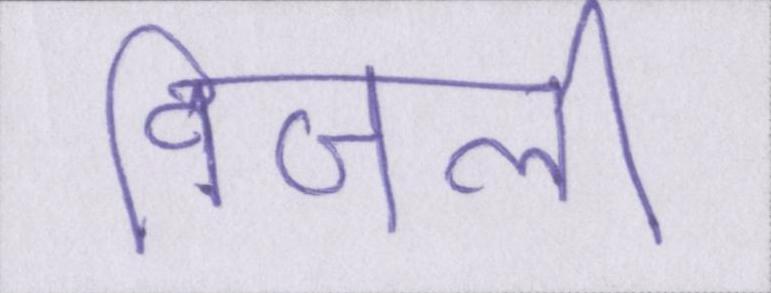
विजली